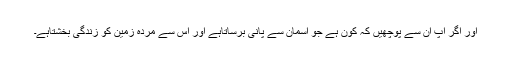
اور اگر آپ ان سے پوچھیں کہ کون ہے جو آسمان سے پانی برساتاہے اور اُس سے مُردہ زمین کو زندگی بخشتاہے۔